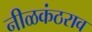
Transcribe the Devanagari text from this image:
नीळकंठराव